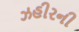
ઝહીરની